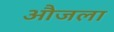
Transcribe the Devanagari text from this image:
औजला